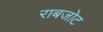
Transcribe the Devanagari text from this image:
राबजोट